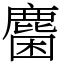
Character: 𪊽